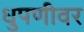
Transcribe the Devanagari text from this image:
धुपणीवर